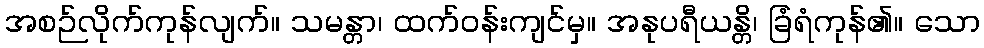
အစဉ်လိုက်ကုန်လျက်။ သမန္တာ၊ ထက်ဝန်းကျင်မှ။ အနုပရီယန္တိ၊ ခြံရံကုန်၏။ သော